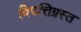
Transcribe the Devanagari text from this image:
विपत्तिग्रस्त